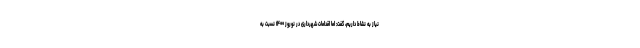
نیاز به نشاط داریم، گفت: اما اقدامات شهرداری در نوروز ۱۴۰۰ نسبت به